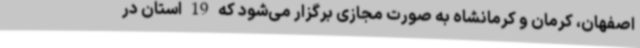
اصفهان، کرمان و کرمانشاه به صورت مجازی برگزار می‌شود که 19 استان در